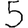
Digit: 5